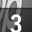
Digit: 3